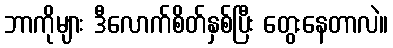
ဘာကိုများ ဒီလောက်စိတ်နှစ်ပြီး တွေးနေတာလဲ။